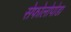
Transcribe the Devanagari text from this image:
सेफोलोपोडा